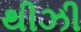
થીઝી